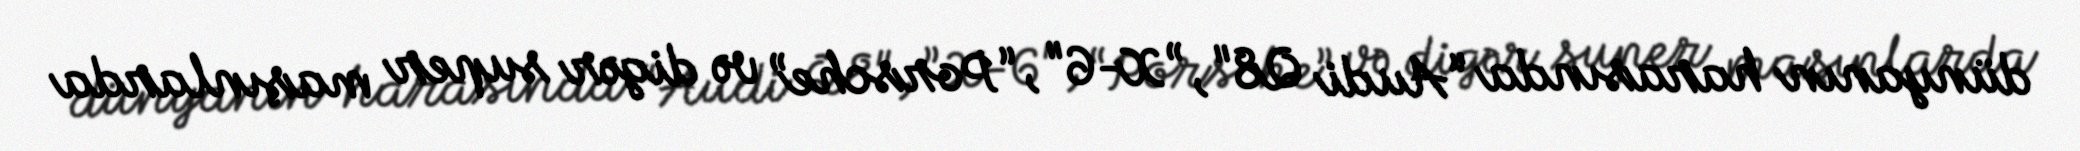
dünyanın harasında “Audi Q8", ”X-6", “Porsche” və digər super maşınlarda